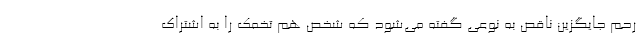
رحم جایگزین ناقص به نوعی گفته می‌شود که شخص هم تخمک را به اشتراک